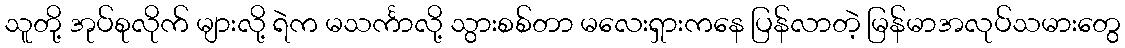
သူတို့ အုပ်စုလိုက် များလို့ ရဲက မသင်္ကာလို့ သွားစစ်တာ မလေးရှားကနေ ပြန်လာတဲ့ မြန်မာအလုပ်သမားတွေ